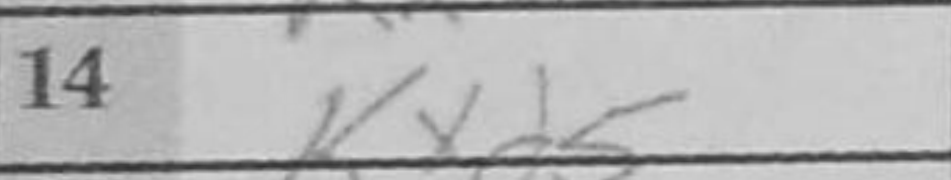
Transcription: Kxd5